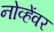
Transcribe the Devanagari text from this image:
नोव्हेंवर